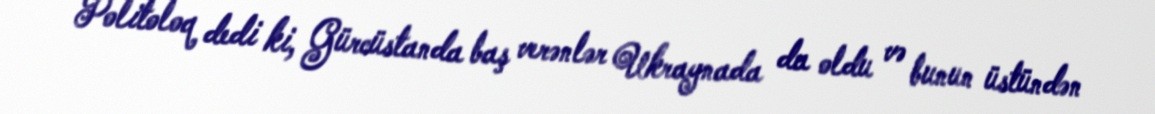
Politoloq dedi ki, Gürcüstanda baş verənlər Ukraynada da oldu və bunun üstündən